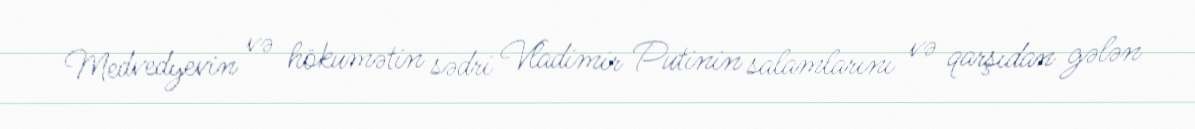
Medvedyevin və hökumətin sədri Vladimir Putinin salamlarını və qarşıdan gələn